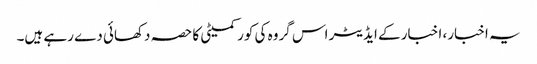
یہ اخبار، اخبار کے ایڈیٹر اس گروہ کی کور کمیٹی کا حصہ دکھائی دے رہے ہیں۔